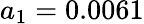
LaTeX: a_{1}=0.0061